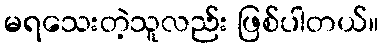
မရသေးတဲ့သူလည်း ဖြစ်ပါတယ်။